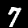
Label: 7